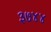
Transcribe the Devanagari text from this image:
३७४४